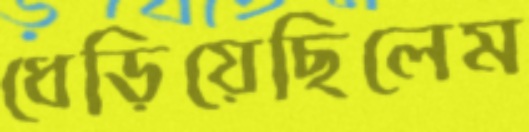
ধেড়িয়েছিলেম